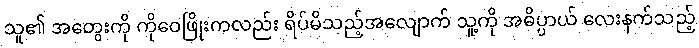
သူ၏ အတွေးကို ကိုဝေဖြိုးကလည်း ရိပ်မိသည့်အလျောက် သူ့ကို အဓိပ္ပာယ် လေးနက်သည့်